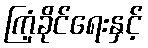
ကြံ့ခိုင်ရေးနှင့်